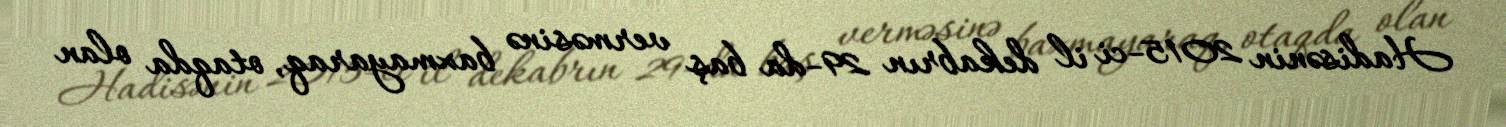
Hadisənin 2015-ci il dekabrın 29-da baş verməsinə baxmayaraq, otaqda olan